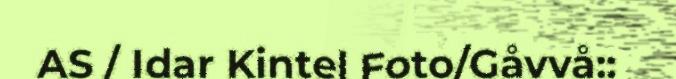
AS / Idar Kintel Foto/Gåvvå::